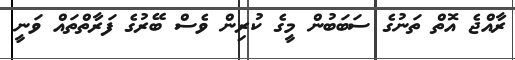
ރާއްޖެ އޮތް ތަނުގެ ސަބަބުން މީގެ ކުރިން ވެސް ބޭރުގެ ފަރާތްތައް ވަނީ